Vaccine operations Central Provinces 1868-1885 - 1868-1885
Year: 1868
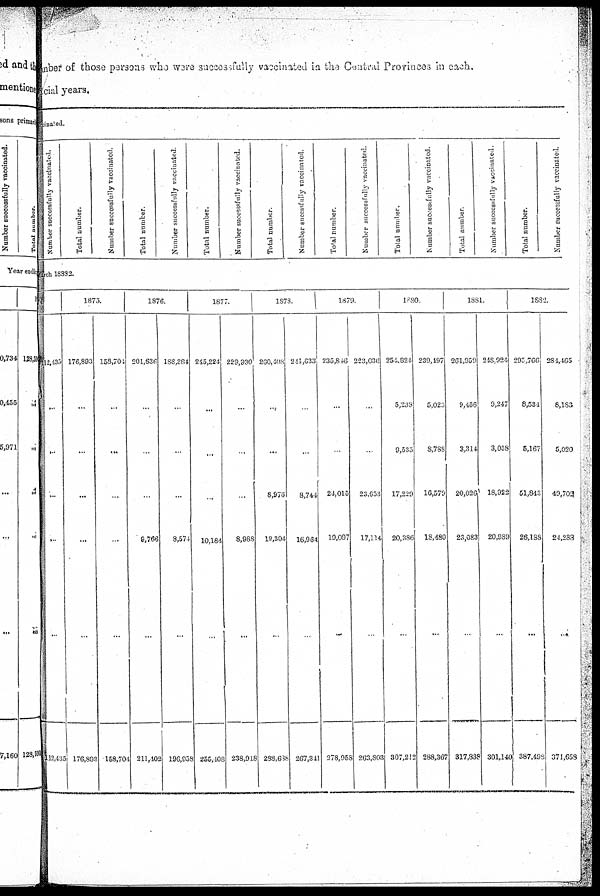
mber of those parsons who were successfully vaccinated in the Central Provinces in each.
acial years,
ccinated.
Number successfully vaccinated.
Total number.
Number successfully vaccinated.
Total number.
Number successfully vaccinated.
Total number.
Number successfully vaccinated.
Total number.
Number successfully vaccinated.
Total number.
Number successfully vaccinated.
Total number.
Number successfully vaccinated.
Total number.
Number successfully vaccinated.
Total number.
Number successfully vaccinated.
March 18882.
4
112,435
...
...
...
...
...
112,435
1875.
176,893
...
...
...
...
...
176,893
158,704
...
...
...
...
...
158,704
1376.
201,636
...
...
...
9,766
...
211,402
188,384
...
...
...
8,574
...
196,938
1877.
245,224
...
...
...
10,184
..,
255,408
229,930
...
...
...
8,988
...
238,918
1878.
260,408
...
...
8,976
19,304
...
288,638
241,633
...
...
8,744
16,964
...
267,341
1879.
235,846
...
...
24,015
19,097
...
278,956
223,036
...
...
23,653
17,114
...
263,803
1880.
254,824
5,238
9,535
17,229
20,386
...
307,212
239,197
5,023
8,788
16,579
18,480
...
288,367
1831.
261,959
9,456
3,314
20,026
23,083
...
317,838
248,924
9,247
3,058
18,922
20,989
...
301,140
1882.
295,766
8,531
5,167
51,843
26,188
...
387,498
284,465
8,183
5,020
49,704
24,288
...
371,658